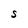
Character: S